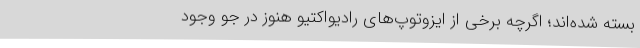
بسته شده‌اند؛ اگرچه برخی از ایزوتوپ‌های رادیواکتیو هنوز در جو وجود